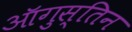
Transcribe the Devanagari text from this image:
ऑगुस्तिन